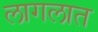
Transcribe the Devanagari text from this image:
लागलात